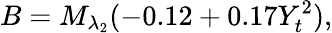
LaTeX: B=M_{\lambda_{2}}(-0.12+0.17Y_{t}^{2}),